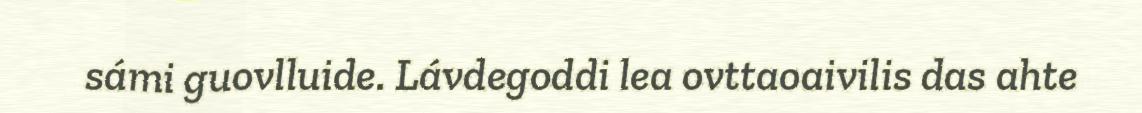
sámi guovlluide. Lávdegoddi lea ovttaoaivilis das ahte